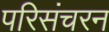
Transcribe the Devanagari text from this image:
परिसंचरन